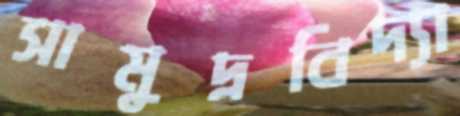
সামুদ্রবিদ্যা